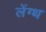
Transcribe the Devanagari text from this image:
लेंग्थ